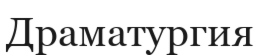
Драматургия